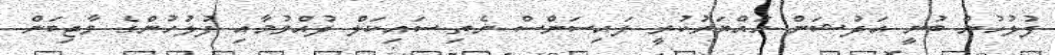
ފުލުހުން ބުނީ އަދުޝަން ހައްޔަރުކުރީ ލައިސަންސް ނެތި ސައިކަލް ދުއްވުމާއި ފުލުހުންގެ ވާޖިބަން